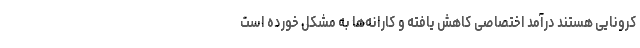
کرونایی هستند درآمد اختصاصی کاهش یافته و کارانه‌ها به مشکل خورده است